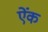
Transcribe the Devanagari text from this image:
ऐंक